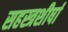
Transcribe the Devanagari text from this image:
सहस्त्रशीर्षा